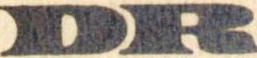
DR